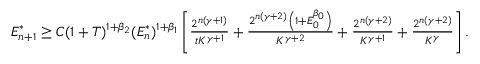
\begin{array} { r } { E _ { n + 1 } ^ { * } \geq C ( 1 + T ) ^ { 1 + \beta _ { 2 } } ( E _ { n } ^ { * } ) ^ { 1 + \beta _ { 1 } } \left[ \frac { 2 ^ { n ( \gamma + 1 ) } } { t K ^ { \gamma + 1 } } + \frac { 2 ^ { n ( \gamma + 2 ) } \left( 1 + E _ { 0 } ^ { \beta _ { 0 } } \right) } { K ^ { \gamma + 2 } } + \frac { 2 ^ { n ( \gamma + 2 ) } } { K ^ { \gamma + 1 } } + \frac { 2 ^ { n ( \gamma + 2 ) } } { K ^ { \gamma } } \right] . } \end{array}